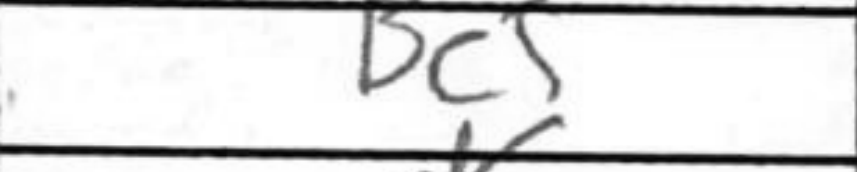
Transcription: Bc5